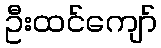
ဦးထင်ကျော်